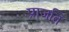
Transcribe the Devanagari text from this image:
प्राजति